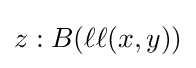
z:B(\ell \ell (x,y))